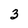
Character: 3